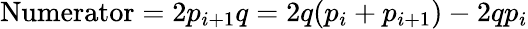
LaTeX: \mathrm{Numerator}=2p_{i+1}q=2q(p_{i}+p_{i+1})-2qp_{i}